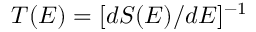
T ( E ) = [ d S ( E ) / d E ] ^ { - 1 }